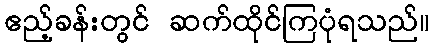
ဧည့်ခန်းတွင် ဆက်ထိုင်ကြပုံရသည်။